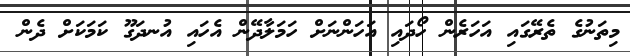
މިތަނުގެ ތެރޭގައި އަހަރެން ހޯދައި އަހަންނަށް ހަމަލާދޭން އެހައި އުނދަގޫ ކަމަކަށް ދެން